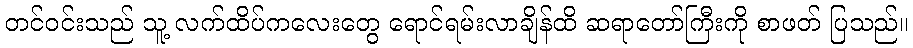
တင်ဝင်းသည် သူ့ လက်ထိပ်ကလေးတွေ ရောင်ရမ်းလာချိန်ထိ ဆရာတော်ကြီးကို စာဖတ် ပြသည်။